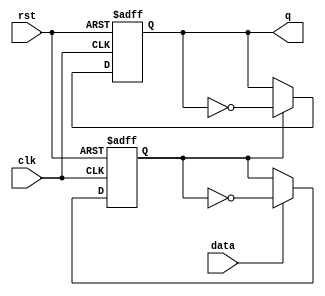
`timescale 1ns/1ns
module Tff_2 (
input wire data, clk, rst,
output reg q  
);
//*************code***********//
reg q1;
    always @(posedge clk or negedge rst) begin
        if(!rst) begin
            q1 <= 0;
            q <= 0;
        end
        else begin
            if (data) begin
            q1 <= !q1;
            end
            if (q1) begin
            q <= !q;
            end
        end
    end
//*************code***********//
endmodule